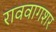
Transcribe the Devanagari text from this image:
राववागशर